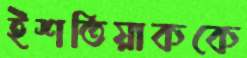
ইশতিয়াককে